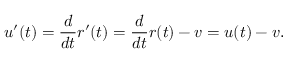
u ^ { \prime } ( t ) = { \frac { d } { d t } } r ^ { \prime } ( t ) = { \frac { d } { d t } } r ( t ) - v = u ( t ) - v .